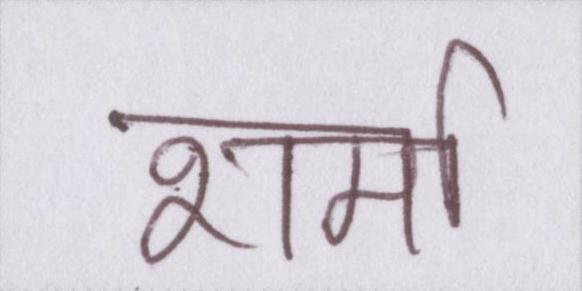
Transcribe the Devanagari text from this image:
शर्मा